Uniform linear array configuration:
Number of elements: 32
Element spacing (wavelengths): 0.5
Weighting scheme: uniform
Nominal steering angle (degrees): -30
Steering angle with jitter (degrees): -29.457
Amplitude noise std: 0.05
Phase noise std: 0.05

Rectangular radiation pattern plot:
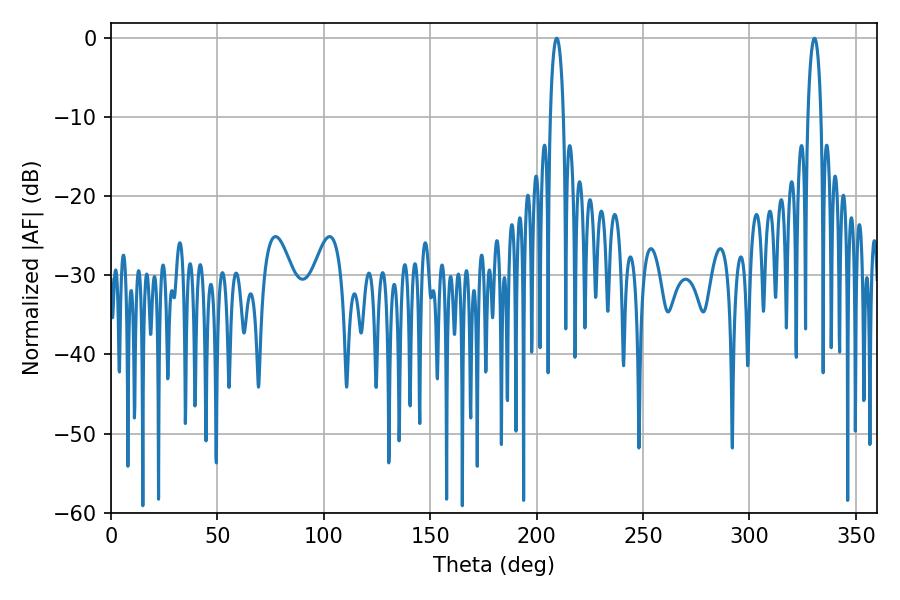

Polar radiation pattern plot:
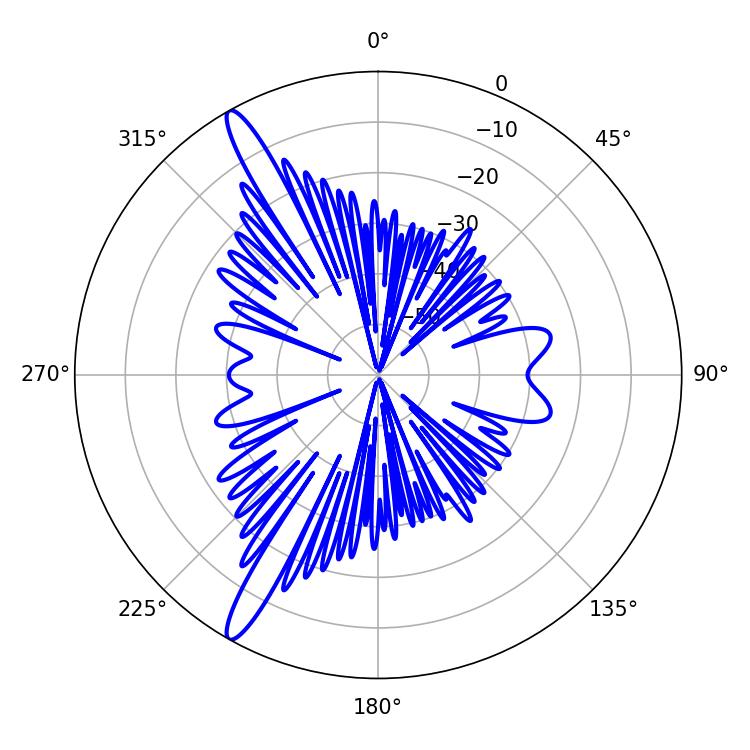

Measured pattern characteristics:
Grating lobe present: FALSE
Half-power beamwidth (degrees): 3.42
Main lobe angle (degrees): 330.48